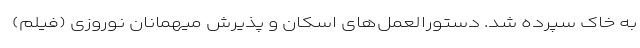
به خاک سپرده شد. دستورالعمل‌های اسکان و پذیرش میهمانان نوروزی (فیلم)